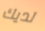
لديك